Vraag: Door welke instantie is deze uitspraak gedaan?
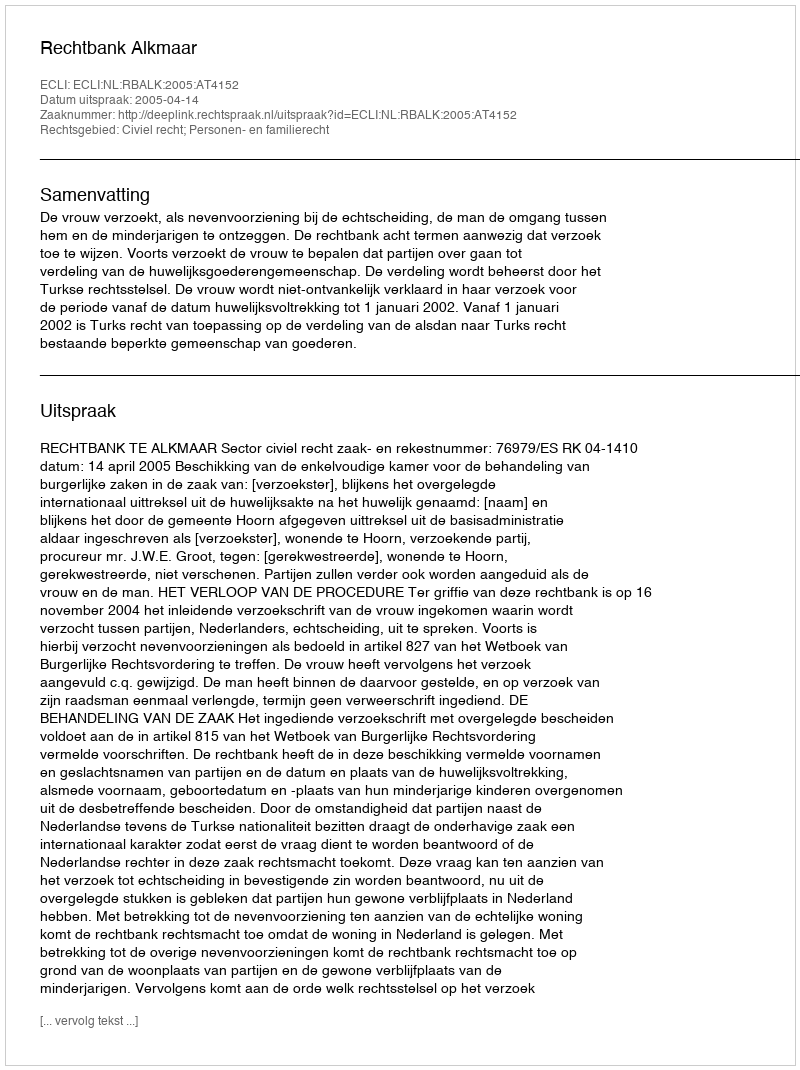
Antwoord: Rechtbank Alkmaar